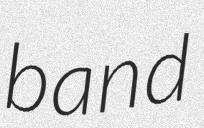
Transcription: band